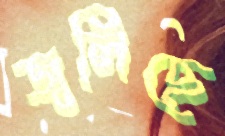
জ্বলিছে